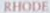
RHDDE